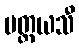
ပတ္ထယသီ